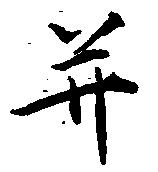
并